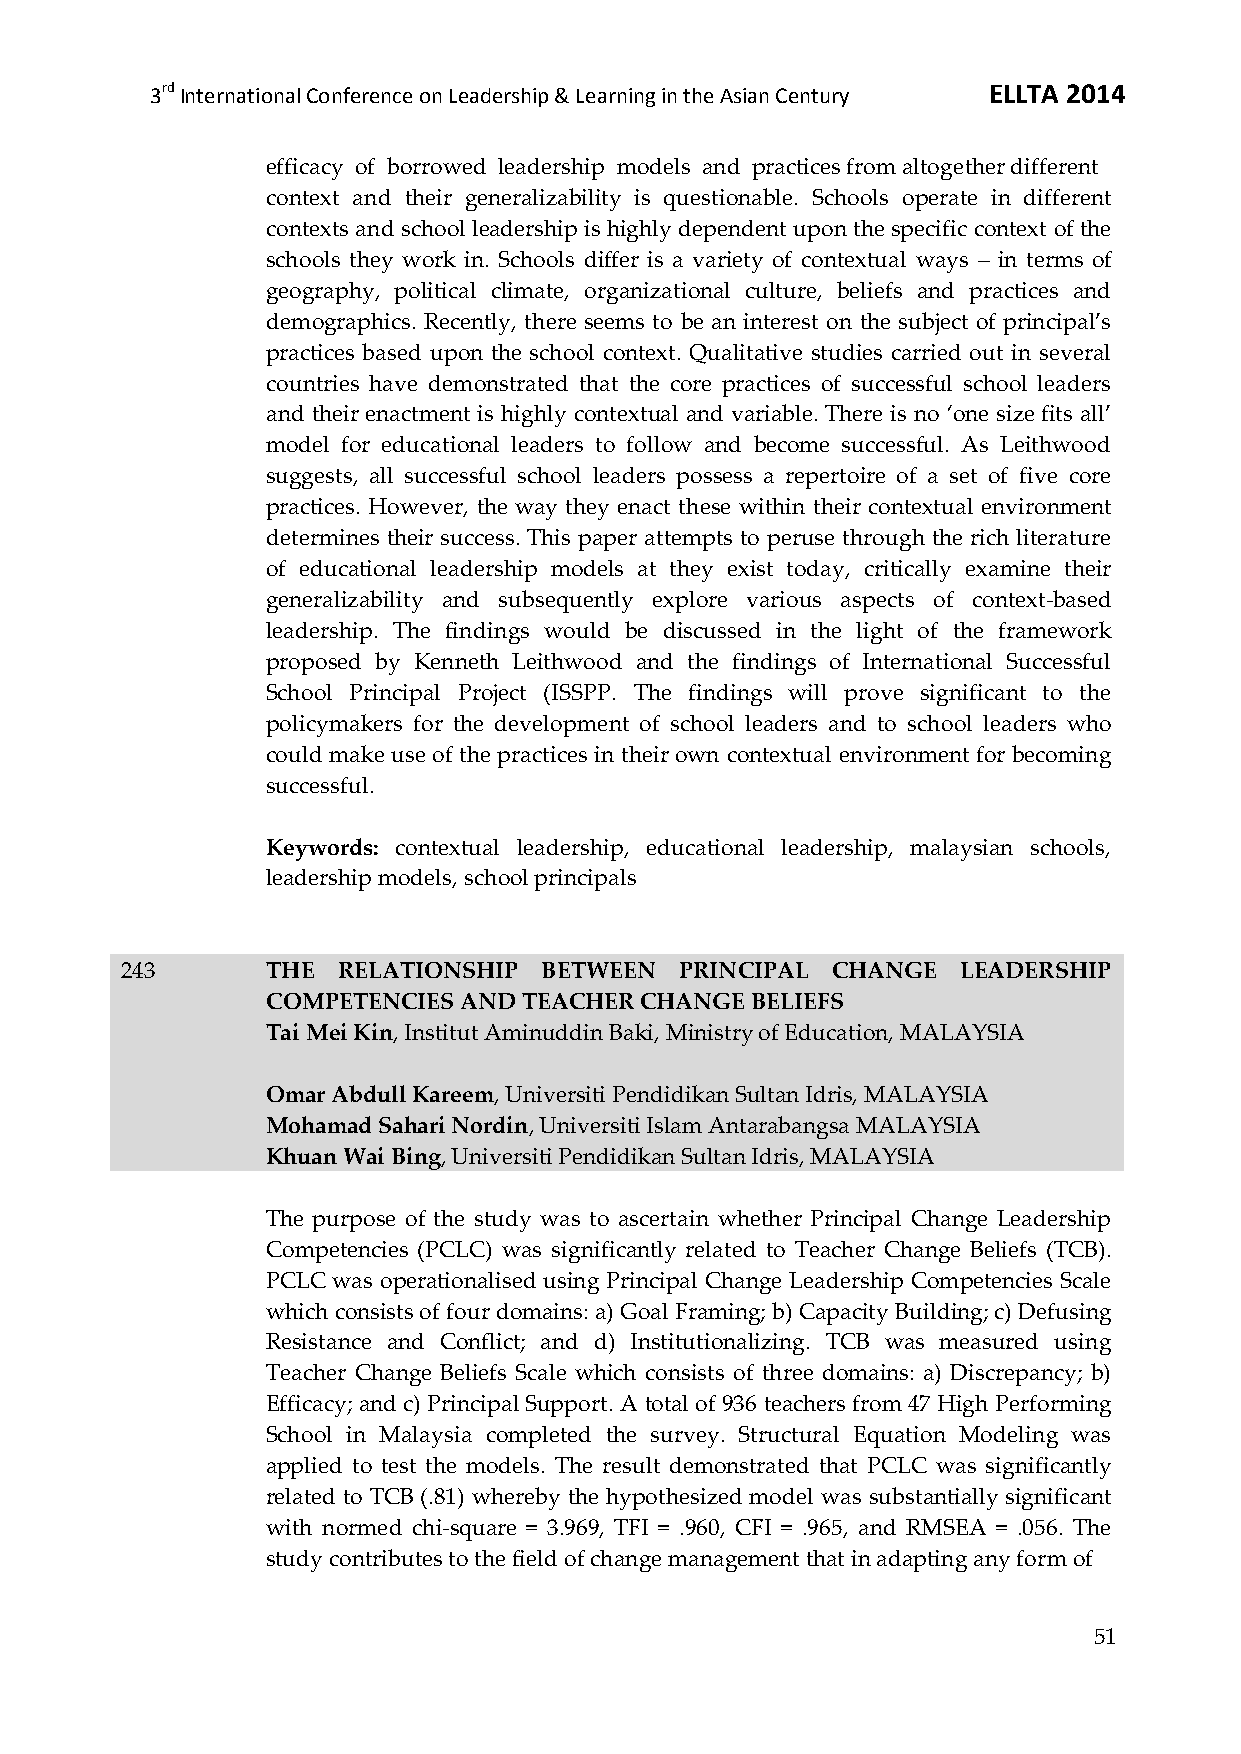
3rd International Conference on Leadership & Learning in the Asian Century ELLTA 2014
 efficacy of borrowed leadership models and practices from altogether different
 context and their generalizability is questionable. Schools operate in different
 contexts and school leadership is highly dependent upon the specific context of the
 schools they work in. Schools differ is a variety of contextual ways – in terms of
 geography, political climate, organizational culture, beliefs and practices and
 demographics. Recently, there seems to be an interest on the subject of principal’s
 practices based upon the school context. Qualitative studies carried out in several
 countries have demonstrated that the core practices of successful school leaders
 and their enactment is highly contextual and variable. There is no ‘one size fits all’
 model for educational leaders to follow and become successful. As Leithwood
 suggests, all successful school leaders possess a repertoire of a set of five core
 practices. However, the way they enact these within their contextual environment
 determines their success. This paper attempts to peruse through the rich literature
 of educational leadership models at they exist today, critically examine their
 generalizability and subsequently explore various aspects of context-based
 leadership. The findings would be discussed in the light of the framework
 proposed by Kenneth Leithwood and the findings of International Successful
 School Principal Project (ISSPP. The findings will prove significant to the
 policymakers for the development of school leaders and to school leaders who
 could make use of the practices in their own contextual environment for becoming
 successful.
 Keywords: contextual leadership, educational leadership, malaysian schools,
 leadership models, school principals
 243       THE RELATIONSHIP  BETWEEN  PRINCIPAL CHANGE   LEADERSHIP
 COMPETENCIES AND TEACHER CHANGE BELIEFS
 Tai Mei Kin, Institut Aminuddin Baki, Ministry of Education, MALAYSIA
 Omar Abdull Kareem, Universiti Pendidikan Sultan Idris, MALAYSIA
 Mohamad Sahari Nordin, Universiti Islam Antarabangsa MALAYSIA
 Khuan Wai Bing, Universiti Pendidikan Sultan Idris, MALAYSIA
 The purpose of the study was to ascertain whether Principal Change Leadership
 Competencies (PCLC) was significantly related to Teacher Change Beliefs (TCB).
 PCLC was operationalised using Principal Change Leadership Competencies Scale
 which consists of four domains: a) Goal Framing; b) Capacity Building; c) Defusing
 Resistance and Conflict; and d) Institutionalizing. TCB was measured using
 Teacher Change Beliefs Scale which consists of three domains: a) Discrepancy; b)
 Efficacy; and c) Principal Support. A total of 936 teachers from 47 High Performing
 School in Malaysia completed the survey. Structural Equation Modeling was
 applied to test the models. The result demonstrated that PCLC was significantly
 related to TCB (.81) whereby the hypothesized model was substantially significant
 with normed chi-square = 3.969, TFI = .960, CFI = .965, and RMSEA = .056. The
 study contributes to the field of change management that in adapting any form of
 51